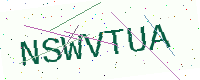
Text: NSWVTUA